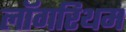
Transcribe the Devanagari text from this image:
लॉगरिथम